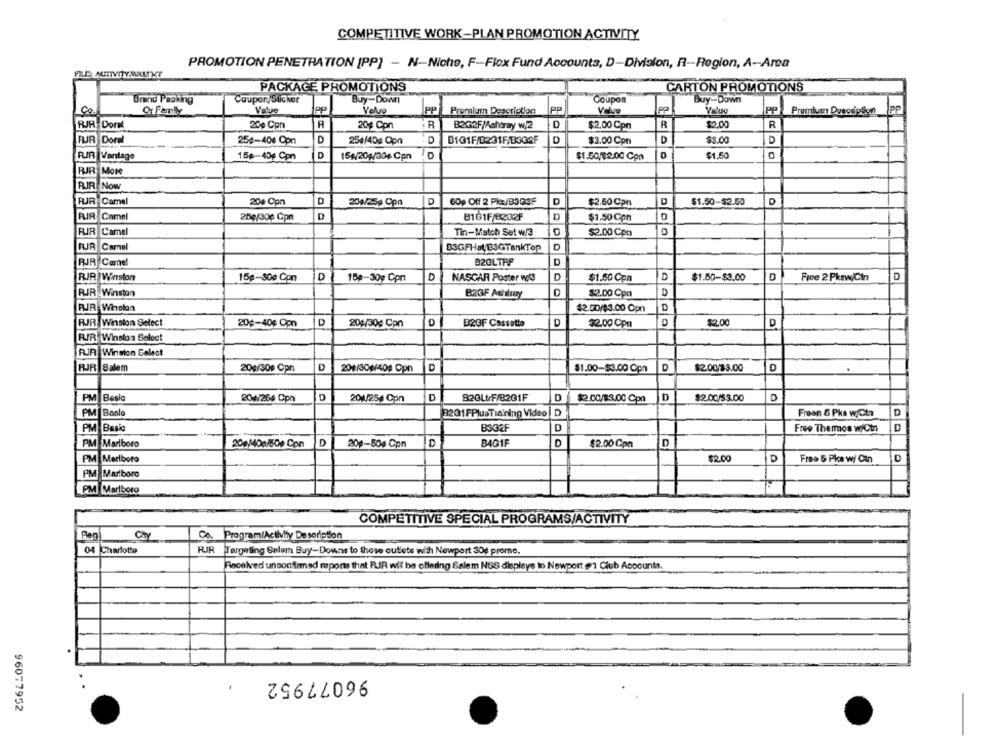
COMPETITIVE WORK-PLAN PROMOTION ACTIVITY.
PROMOTION PENETRATION [PP] - N-Nicho, F-Flox Fund Accounts, D-Division, R-Region, A-Area
FILL: ACTIVITY.SKUTKY
PACKAGE PROMOTIONS
CARTON PROMOTIONS
Brand Packing
Coupon/Sticker
Buy-Down
Coupon
Buy-Down
Or Family
Value
PP
Yelo
PP
Premium Description
PP
Value
PP
Value
PP
Premium DesorpSon
JPP
RJR Dora
20% Con
20# Con
R
B2G2F/Ashtray w/2
D
$2,00 Cpm
R
$2,00
R
RJR Dorel
254-404 Cpn
D
254/40g Opn
D
B131F/0231F/B3GOF
D
$3.00 Cpn
D
$3.00
RIR Vantage
15A/20g/30¢ Cpn
D
$1.50/$2.00 Con
$1.50
156-40g Cpn
RJR
More
PUR
Now
RJR Camel
D
60% Off 2 Pk/B3Q3F
$2.50 Con
$1.50-$2.50
D
204 Cpn
204/259 Cpa
D
8161F/8232F
D
RIR Camel
200/300 Cpn
$1.50 Con
RIR Camel
Tin-Match Set w/3
$2.00 Cpm
RJR Camel
B3GFHal/B3GTankTop
D
RIR Camel
02CLTRF
D
RIR Winston
15g-30e Con
D
15#-30g Con
D
NASCAR Poster wit
$1.50 Con
$1.60-$3.00
D
Free 2 Pkaw/Cin
D
RJR Winston
B2GF Ashlmuy
D
$2.00 Cpa
D
PIR Winston
$2.50/$3.00 Cpr
D
RJR Winston Select
20¢-40¢ Con
D
204/30¢ Con
D
BROF Cassetta
32.00 Cpm
$2.00
D
RIR Winston Select
RJR Winston Eslest
RJR Salem
20g/300 Cpn
D
201/301/404 Opn
$1.00-$3.00 Opn
D
$2.00/33.00
D
PM Basic
204/264 Cpn
D
204/254 Cpn
D
820LtrF/8231F
D
$2.00/$3.00 Con
D
$2.00/$3.00
D
PM
Boole
3201FPlusTraining Video |D
Freon 5 Pks w/Cta
D
PM
Basic
B302F
D
Free Themos woiCtn
D
PM Marlboro
200/400/50+ Con
20g-50g Cpn
BAG1F
D
$2.00 Cpm
D
PM Marlboro
$2.00
P
Fres 5 Pke w/ Cin
PM Marlboro
PM Marlboro
COMPETITIVE SPECIAL PROGRAMS/ACTIVITY
Chy
Co. Program/Activity Description
04
Charlotte
RJR Targeting Selem Buy-Downs to these cutete with Newport 30g prome.
Received unconfirmed reports that RIR wil be offering Salem NSS displays to Newport #1 Club Appounts.
96077952
96077952